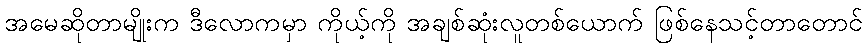
အမေဆိုတာမျိုးက ဒီလောကမှာ ကိုယ့်ကို အချစ်ဆုံးလူတစ်ယောက် ဖြစ်နေသင့်တာတောင်